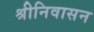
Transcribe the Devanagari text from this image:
श्रीनिवासन